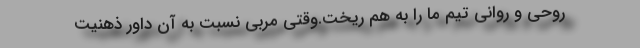
روحی و روانی تیم ما را به هم ریخت.وقتی مربی نسبت به آن داور ذهنیت